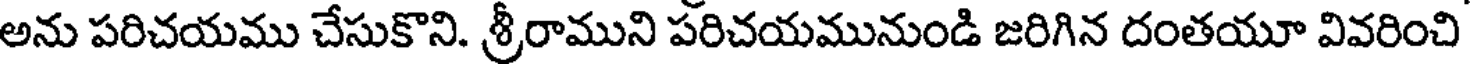
అను పరిచయము చేసుకొని. శ్రీరాముని పరిచయమునుండి జరిగిన దంతయూ వివరించి